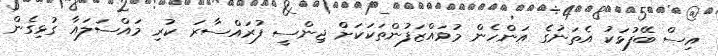
އިސް ބޭފުޅަކު އެތަނުގެ އަންހެން މުވައްޒަފުންތަކަކަށް ޖިންސީ ފުރައްސާރަ ކުރި މައްސަލައާ ގުޅިގެން